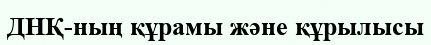
ДНҚ-ның құрамы және құрылысы